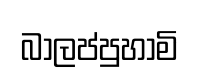
බාලප්පුහාමි